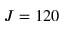
J = 1 2 0